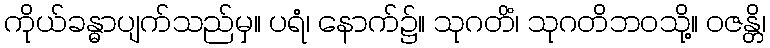
ကိုယ်ခန္ဓာပျက်သည်မှ။ ပရံ၊ နောက်၌။ သုဂတိံ၊ သုဂတိဘဝသို့။ ဝဇန္တိ၊